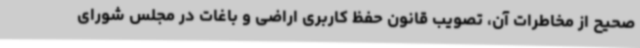
صحیح از مخاطرات آن، تصویب قانون حفظ کاربری اراضی و باغات در مجلس شورای